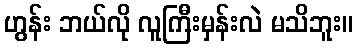
ဟွန်း ဘယ်လို လူကြီးမှန်းလဲ မသိဘူး။